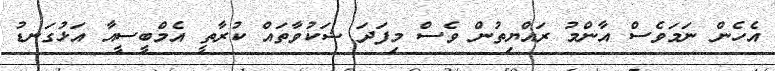
އެހެން ނަމަވެސް އާންމު ރައްޔިތުން ވެސް މިފަދަ ޝަކުވާތައް ކުރާތީ އެމްބީސީއާ އަޅުގަނޑު